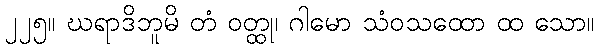
၂၂၅။ ဃရာဒိဘူမိ တံ ဝတ္ထု၊ ဂါမော သံဝသထော ထ သော။